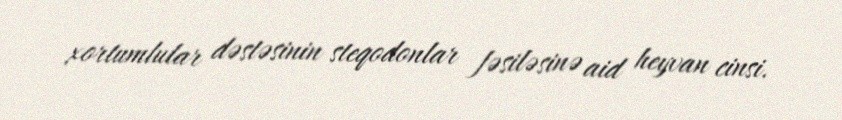
xortumlular dəstəsinin steqodonlar fəsiləsinə aid heyvan cinsi.